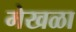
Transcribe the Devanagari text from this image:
मेखळा